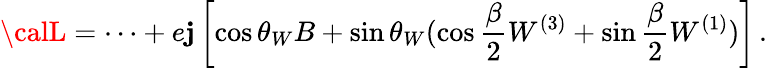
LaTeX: {\calL}=\cdots+e\mathbf{j}\left[\cos\theta_{W}B+\sin\theta_{W}(\cos\frac{{\beta}}{{2}}W^{(3)}+\sin\frac{{\beta}}{{2}}W^{(1)})\right]\, .